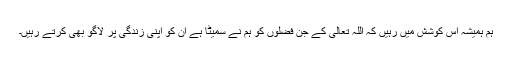
ہم ہمیشہ اس کوشش میں رہیں کہ اللہ تعالیٰ کے جن فضلوں کو ہم نے سمیٹا ہے ان کو اپنی زندگی پر لاگو بھی کرتے رہیں۔